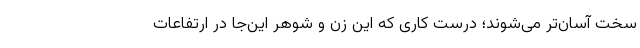
سخت آسان‌تر می‌شوند؛ درست کاری که این زن و شوهر این‌جا در ارتفاعات